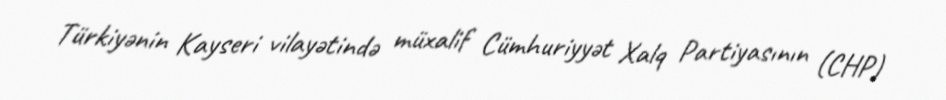
Türkiyənin Kayseri vilayətində müxalif Cümhuriyyət Xalq Partiyasının (CHP)